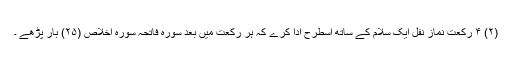
(۲) ۴ رکعت نمازِ نفل ایک سلام کے ساتھ اسطرح ادا کرے کہ ہر رکعت میں بعد سورہ فاتحہ سورہ اخلاص (۲۵) بار پڑھے ۔